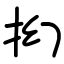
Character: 抝